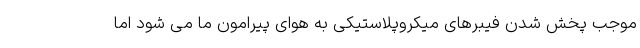
موجب پخش شدن فیبرهای میکروپلاستیکی به هوای پیرامون ما می شود اما